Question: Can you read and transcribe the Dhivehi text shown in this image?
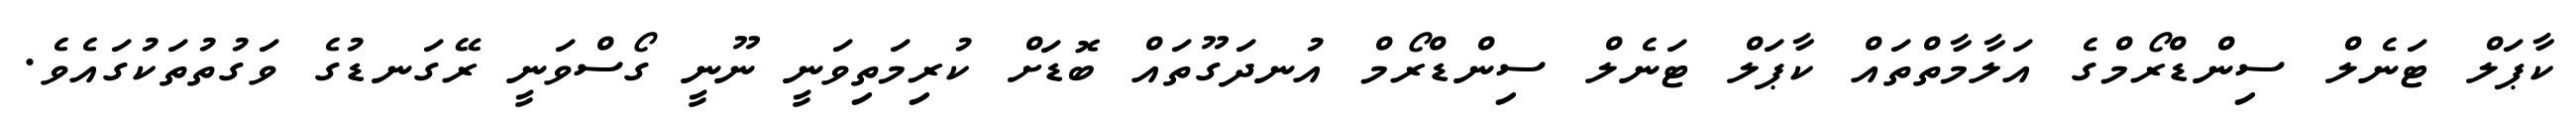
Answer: ކާޕަލް ޓަނެލް ސިންޑްރޯމްގެ އަލާމާތްތައް ކާޕަލް ޓަނެލް ސިންޑްރޯމް އުނދަގޫތައް ބޮޑަށް ކުރިމަތިވަނީ ނޫނީ ގޯސްވަނީ ރޭގަނޑުގެ ވަގުތުތަކުގައެވެ.